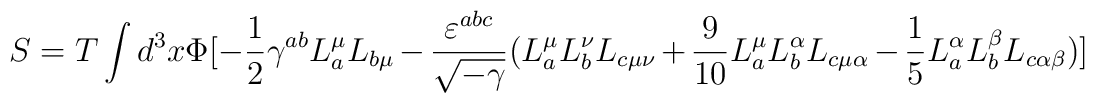
S =T \int d^{3}x \Phi [ -\frac{1}{2}\gamma^{ab}L^{\mu}_{a} L_{b \mu}- \frac{\varepsilon^{abc}}{\sqrt{-\gamma}}(L^{\mu}_{a}L^{\nu}_{b}L_{c \mu \nu}                                                                  + \frac{9}{10}L^{\mu}_{a}L^{\alpha}_{b}L_{c \mu \alpha} - \frac{1}{5}L^{\alpha}_{a}L^{\beta}_{b}L_{c \alpha \beta} )]